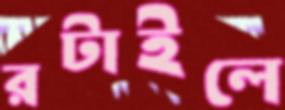
রটাইলে